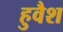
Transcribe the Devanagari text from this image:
हुवैश